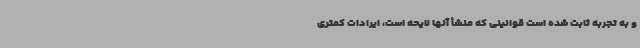
و به تجربه ثابت شده است قوانینی که منشأ آنها لایحه است، ایرادات کمتری